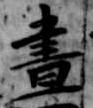
昼